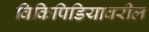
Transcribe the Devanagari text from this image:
विकिपिडियावरील